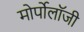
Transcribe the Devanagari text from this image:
मोर्पोलॉजी